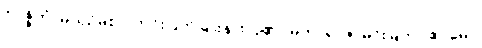
ဝိဝဇ္ဇိတံ၊ မယှဉ်မစပ် ကင်းပြတ်ခြားနားလှ၏။ မဟာရာဇ၊ မင်းမြတ်။ ဧဝမေဝ